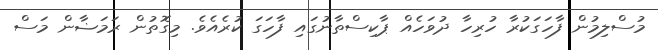
މުސްލިމުން ފާހަގަކުރާ ހުރިހާ ދުވަހެއް ޕާކިސްތާނުގައި ފާހަގަ ކުރެއެވެ. މިގޮތުން ރަމަޟާން މަސް